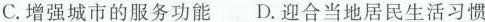
C.增强城市的服务功能 D.迎合当地居民生活习惯